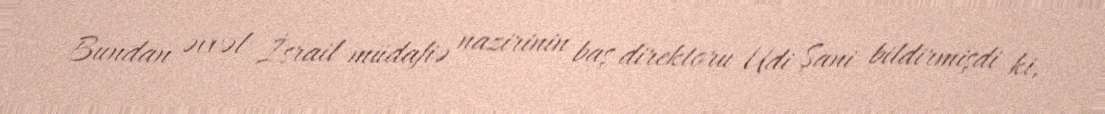
Bundan əvvəl İsrail müdafiə nazirinin baş direktoru Udi Şani bildirmişdi ki,